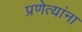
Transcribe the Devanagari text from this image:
प्रणेत्यांना